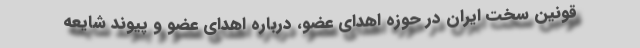
قونین سخت ایران در حوزه اهدای عضو، درباره اهدای عضو و پیوند شایعه